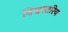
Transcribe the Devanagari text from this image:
विश्वस्तरिय